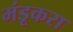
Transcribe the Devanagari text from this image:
मंडूकरा